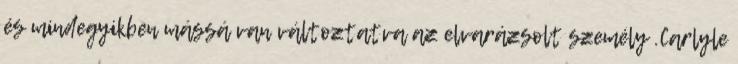
és mindegyikben mássá van változtatva az elvarázsolt személy .Carlyle